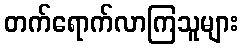
တက်ရောက်လာကြသူများ